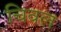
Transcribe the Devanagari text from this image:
चिवल